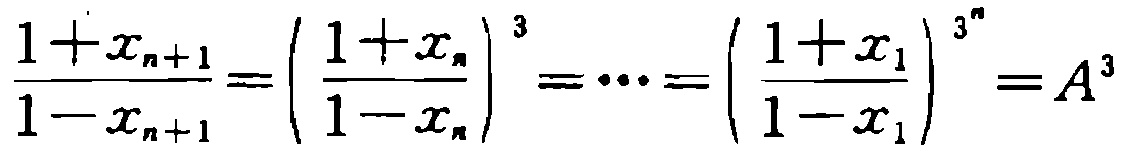
\(\frac{1 + x_{n + 1}}{1 - x_{n + 1}} = \left(\frac{1 + x_{n}}{1 - x_{n}}\right)^{3} = \cdots = \left(\frac{1 + x_{1}}{1 - x_{1}}\right)^{3^{n}} = A^{3}\)